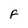
Character: F